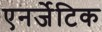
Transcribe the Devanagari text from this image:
एनर्जेटिक